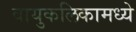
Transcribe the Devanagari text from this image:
वायुकलिकामध्ये